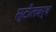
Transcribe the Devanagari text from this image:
स्टीलबर्थ